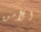
الأمن